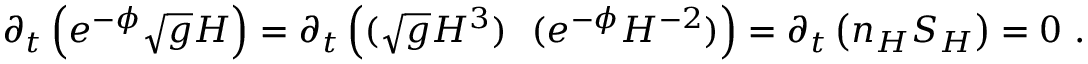
\partial _ { t } \left( e ^ { - \phi } \sqrt { g } H \right) = \partial _ { t } \left( ( \sqrt { g } H ^ { 3 } ) ~ ~ ( e ^ { - \phi } H ^ { - 2 } ) \right) = \partial _ { t } \left( n _ { H } S _ { H } \right) = 0 ~ .